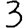
Digit: 3